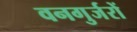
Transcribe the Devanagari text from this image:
वनगुर्जरों